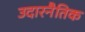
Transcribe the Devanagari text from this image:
उदारनैतिक